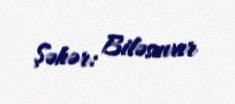
Şəhər: Biləsuvar